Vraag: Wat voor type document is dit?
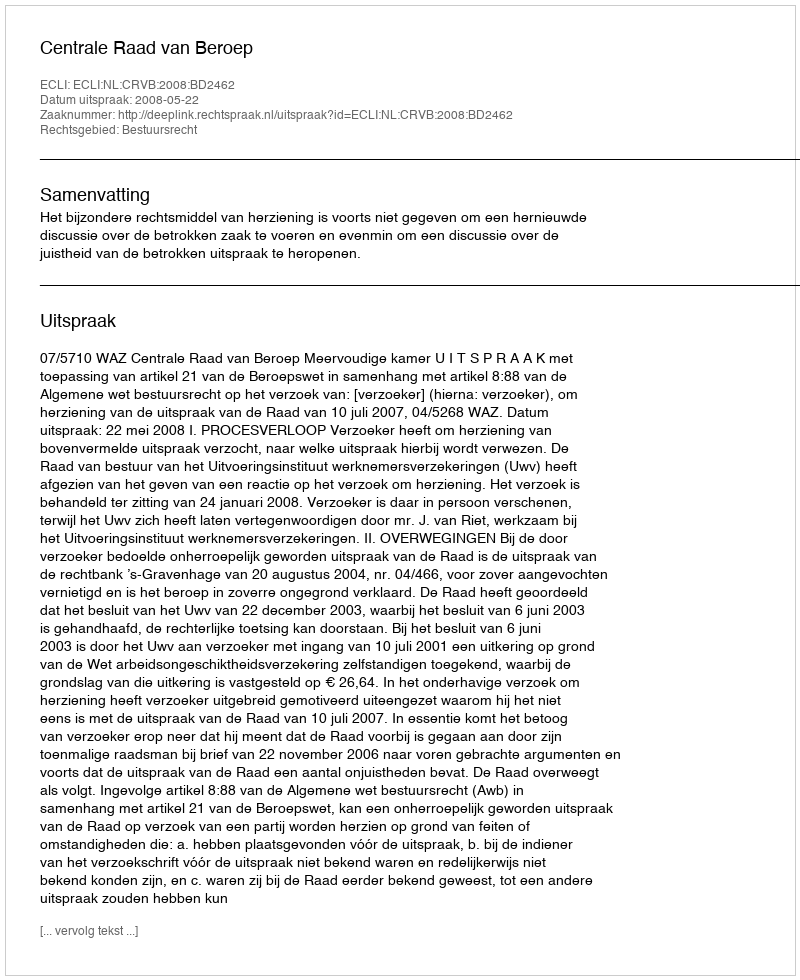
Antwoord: Uitspraak